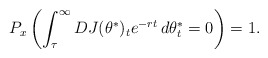
\begin{align*}P_x\left(\int_{\tau}^{\infty}DJ(\theta^*)_te^{-rt}\,d\theta_t^* =0 \right)=1. \end{align*}